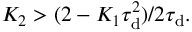
K _ { 2 } > ( 2 - K _ { 1 } \tau _ { \mathrm { d } } ^ { 2 } ) / 2 \tau _ { \mathrm { d } } .